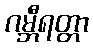
ဂမ္ဘီရတ္တာ